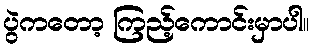
ပွဲကတော့ ကြည့်ကောင်းမှာပါ။